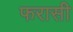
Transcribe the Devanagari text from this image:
फरासी